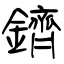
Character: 鑇